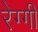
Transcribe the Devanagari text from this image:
रेग्गी